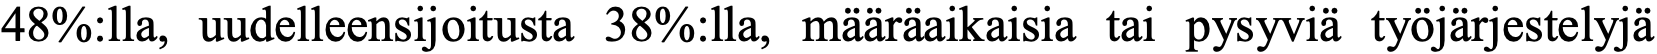
48%:lla, uudelleensijoitusta 38%:lla, määräaikaisia tai pysyviä työjärjestelyjä